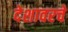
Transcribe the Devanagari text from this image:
देशावरचे